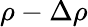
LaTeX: \rho-\Delta\rho